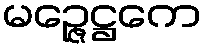
မဉ္ဇေဋ္ဌကေ